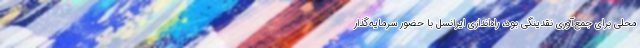
محلی برای جمع‌آوری نقدینگی بود، راه‌اندازی ایرانسل با حضور سرمایه‌گذار